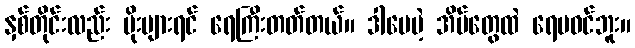
နှစ်တိုင်းလည်း မိုးများရင် ရေကြီးတတ်တယ်။ ဒါပေမဲ့ အိမ်တွေထဲ ရေမဝင်ဘူး။